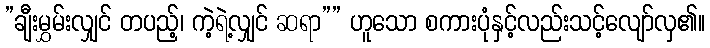
”ချီးမွှမ်းလျှင် တပည့်၊ ကဲ့ရဲ့လျှင် ဆရာ”” ဟူသော စကားပုံနှင့်လည်းသင့်လျော်လှ၏။